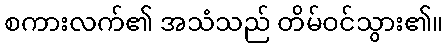
စကားလက်၏ အသံသည် တိမ်ဝင်သွား၏။